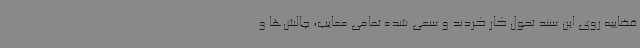
قضاییه روی این سند تحول کار کردند و سعی شده تمامی معایب، چالش‌ها و